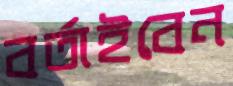
বর্তাইবেন